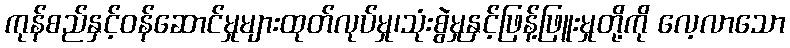
ကုန်စည်နှင့်ဝန်ဆောင်မှုများထုတ်လုပ်မှု၊သုံးစွဲမှုနှင့်ဖြန့်ဖြူးမှုတို့ကို လေ့လာသော